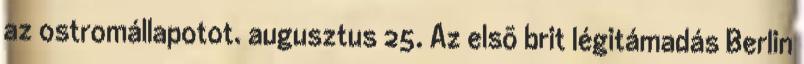
az ostromállapotot. augusztus 25. Az elsõ brit légitámadás Berlin